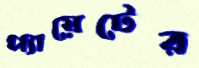
প্যায়েটের